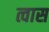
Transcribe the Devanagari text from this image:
त्वास